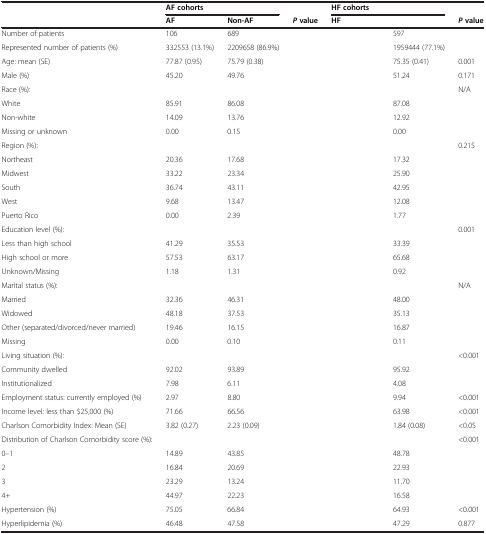
<table><thead><tr><td>[EMPTY_CELL]</td><td colspan="2"><b>AF cohorts</b></td><td>[EMPTY_CELL]</td><td colspan="2"><b>HF cohorts</b></td><td>[EMPTY_CELL]</td></tr><tr><td>[EMPTY_CELL]</td><td><b>AF</b></td><td><b>Non-AF</b></td><td><b><i>P </i>value</b></td><td><b>HF</b></td><td>[EMPTY_CELL]</td><td><b><i>P </i>value</b></td></tr></thead><tbody><tr><td>Number of patients</td><td>106</td><td>689</td><td>[EMPTY_CELL]</td><td>[EMPTY_CELL]</td><td>597</td><td>[EMPTY_CELL]</td></tr><tr><td>Represented number of patients (%)</td><td>332553 (13.1%)</td><td>2209658 (86.9%)</td><td>[EMPTY_CELL]</td><td>[EMPTY_CELL]</td><td>1959444 (77.1%)</td><td>[EMPTY_CELL]</td></tr><tr><td>Age: mean (SE)</td><td>77.87 (0.95)</td><td>75.79 (0.38)</td><td>[EMPTY_CELL]</td><td>[EMPTY_CELL]</td><td>75.35 (0.41)</td><td>0.001</td></tr><tr><td>Male (%)</td><td>45.20</td><td>49.76</td><td>[EMPTY_CELL]</td><td>[EMPTY_CELL]</td><td>51.24</td><td>0.171</td></tr><tr><td>Race (%):</td><td>[EMPTY_CELL]</td><td>[EMPTY_CELL]</td><td>[EMPTY_CELL]</td><td>[EMPTY_CELL]</td><td>[EMPTY_CELL]</td><td>N/A</td></tr><tr><td>White</td><td>85.91</td><td>86.08</td><td>[EMPTY_CELL]</td><td>[EMPTY_CELL]</td><td>87.08</td><td>[EMPTY_CELL]</td></tr><tr><td>Non-white</td><td>14.09</td><td>13.76</td><td>[EMPTY_CELL]</td><td>[EMPTY_CELL]</td><td>12.92</td><td>[EMPTY_CELL]</td></tr><tr><td>Missing or unknown</td><td>0.00</td><td>0.15</td><td>[EMPTY_CELL]</td><td>[EMPTY_CELL]</td><td>0.00</td><td>[EMPTY_CELL]</td></tr><tr><td>Region (%):</td><td>[EMPTY_CELL]</td><td>[EMPTY_CELL]</td><td>[EMPTY_CELL]</td><td>[EMPTY_CELL]</td><td>[EMPTY_CELL]</td><td>0.215</td></tr><tr><td>Northeast</td><td>20.36</td><td>17.68</td><td>[EMPTY_CELL]</td><td>[EMPTY_CELL]</td><td>17.32</td><td>[EMPTY_CELL]</td></tr><tr><td>Midwest</td><td>33.22</td><td>23.34</td><td>[EMPTY_CELL]</td><td>[EMPTY_CELL]</td><td>25.90</td><td>[EMPTY_CELL]</td></tr><tr><td>South</td><td>36.74</td><td>43.11</td><td>[EMPTY_CELL]</td><td>[EMPTY_CELL]</td><td>42.95</td><td>[EMPTY_CELL]</td></tr><tr><td>West</td><td>9.68</td><td>13.47</td><td>[EMPTY_CELL]</td><td>[EMPTY_CELL]</td><td>12.08</td><td>[EMPTY_CELL]</td></tr><tr><td>Puerto Rico</td><td>0.00</td><td>2.39</td><td>[EMPTY_CELL]</td><td>[EMPTY_CELL]</td><td>1.77</td><td>[EMPTY_CELL]</td></tr><tr><td>Education level (%):</td><td>[EMPTY_CELL]</td><td>[EMPTY_CELL]</td><td>[EMPTY_CELL]</td><td>[EMPTY_CELL]</td><td>[EMPTY_CELL]</td><td>0.001</td></tr><tr><td>Less than high school</td><td>41.29</td><td>35.53</td><td>[EMPTY_CELL]</td><td>[EMPTY_CELL]</td><td>33.39</td><td>[EMPTY_CELL]</td></tr><tr><td>High school or more</td><td>57.53</td><td>63.17</td><td>[EMPTY_CELL]</td><td>[EMPTY_CELL]</td><td>65.68</td><td>[EMPTY_CELL]</td></tr><tr><td>Unknown/Missing</td><td>1.18</td><td>1.31</td><td>[EMPTY_CELL]</td><td>[EMPTY_CELL]</td><td>0.92</td><td>[EMPTY_CELL]</td></tr><tr><td>Marital status (%):</td><td>[EMPTY_CELL]</td><td>[EMPTY_CELL]</td><td>[EMPTY_CELL]</td><td>[EMPTY_CELL]</td><td>[EMPTY_CELL]</td><td>N/A</td></tr><tr><td>Married</td><td>32.36</td><td>46.31</td><td>[EMPTY_CELL]</td><td>[EMPTY_CELL]</td><td>48.00</td><td>[EMPTY_CELL]</td></tr><tr><td>Widowed</td><td>48.18</td><td>37.53</td><td>[EMPTY_CELL]</td><td>[EMPTY_CELL]</td><td>35.13</td><td>[EMPTY_CELL]</td></tr><tr><td>Other (separated/divorced/never married)</td><td>19.46</td><td>16.15</td><td>[EMPTY_CELL]</td><td>[EMPTY_CELL]</td><td>16.87</td><td>[EMPTY_CELL]</td></tr><tr><td>Missing</td><td>0.00</td><td>0.10</td><td>[EMPTY_CELL]</td><td>[EMPTY_CELL]</td><td>0.11</td><td>[EMPTY_CELL]</td></tr><tr><td>Living situation (%):</td><td>[EMPTY_CELL]</td><td>[EMPTY_CELL]</td><td>[EMPTY_CELL]</td><td>[EMPTY_CELL]</td><td>[EMPTY_CELL]</td><td>&lt;0.001</td></tr><tr><td>Community dwelled</td><td>92.02</td><td>93.89</td><td>[EMPTY_CELL]</td><td>[EMPTY_CELL]</td><td>95.92</td><td>[EMPTY_CELL]</td></tr><tr><td>Institutionalized</td><td>7.98</td><td>6.11</td><td>[EMPTY_CELL]</td><td>[EMPTY_CELL]</td><td>4.08</td><td>[EMPTY_CELL]</td></tr><tr><td>Employment status: currently employed (%)</td><td>2.97</td><td>8.80</td><td>[EMPTY_CELL]</td><td>[EMPTY_CELL]</td><td>9.94</td><td>&lt;0.001</td></tr><tr><td>Income level: less than $25,000 (%)</td><td>71.66</td><td>66.56</td><td>[EMPTY_CELL]</td><td>[EMPTY_CELL]</td><td>63.98</td><td>&lt;0.001</td></tr><tr><td>Charlson Comorbidity Index: Mean (SE)</td><td>3.82 (0.27)</td><td>2.23 (0.09)</td><td>[EMPTY_CELL]</td><td>[EMPTY_CELL]</td><td>1.84 (0.08)</td><td>&lt;0.05</td></tr><tr><td>Distribution of Charlson Comorbidity score (%):</td><td>[EMPTY_CELL]</td><td>[EMPTY_CELL]</td><td>[EMPTY_CELL]</td><td>[EMPTY_CELL]</td><td>[EMPTY_CELL]</td><td>&lt;0.001</td></tr><tr><td>0–1</td><td>14.89</td><td>43.85</td><td>[EMPTY_CELL]</td><td>[EMPTY_CELL]</td><td>48.78</td><td>[EMPTY_CELL]</td></tr><tr><td>2</td><td>16.84</td><td>20.69</td><td>[EMPTY_CELL]</td><td>[EMPTY_CELL]</td><td>22.93</td><td>[EMPTY_CELL]</td></tr><tr><td>3</td><td>23.29</td><td>13.24</td><td>[EMPTY_CELL]</td><td>[EMPTY_CELL]</td><td>11.70</td><td>[EMPTY_CELL]</td></tr><tr><td>4+</td><td>44.97</td><td>22.23</td><td>[EMPTY_CELL]</td><td>[EMPTY_CELL]</td><td>16.58</td><td>[EMPTY_CELL]</td></tr><tr><td>Hypertension (%)</td><td>75.05</td><td>66.84</td><td>[EMPTY_CELL]</td><td>[EMPTY_CELL]</td><td>64.93</td><td>&lt;0.001</td></tr><tr><td>Hyperlipidemia (%)</td><td>46.48</td><td>47.58</td><td>[EMPTY_CELL]</td><td>[EMPTY_CELL]</td><td>47.29</td><td>0.877</td></tr></tbody></table>